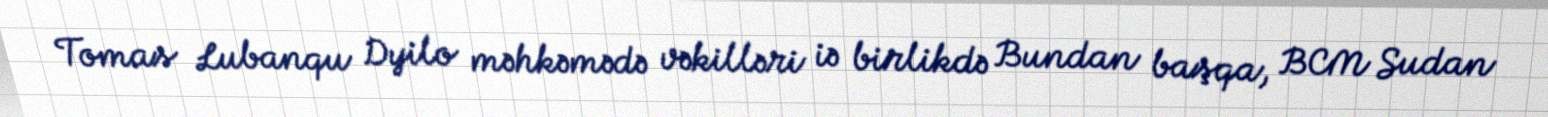
Tomas Lubanqu Dyilo məhkəmədə vəkilləri iə birlikdə Bundan başqa, BCM Sudan